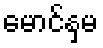
မောင်နှမ